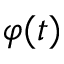
\varphi ( t )